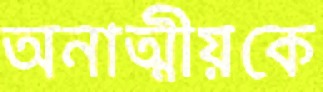
অনাত্মীয়কে